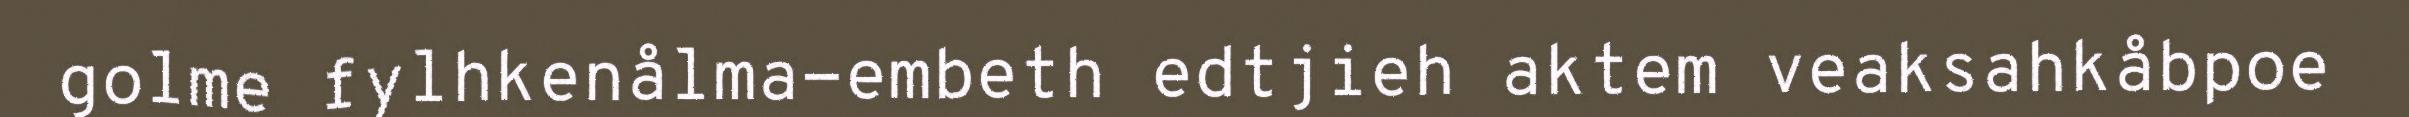
golme fylhkenålma-embeth edtjieh aktem veaksahkåbpoe